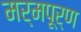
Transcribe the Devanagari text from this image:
मर्मपूर्ण